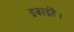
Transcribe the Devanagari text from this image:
इकाईहै।